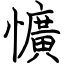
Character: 懭